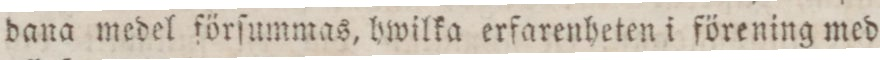
dana medel förſummas, hwilka erfarenheten i förening med